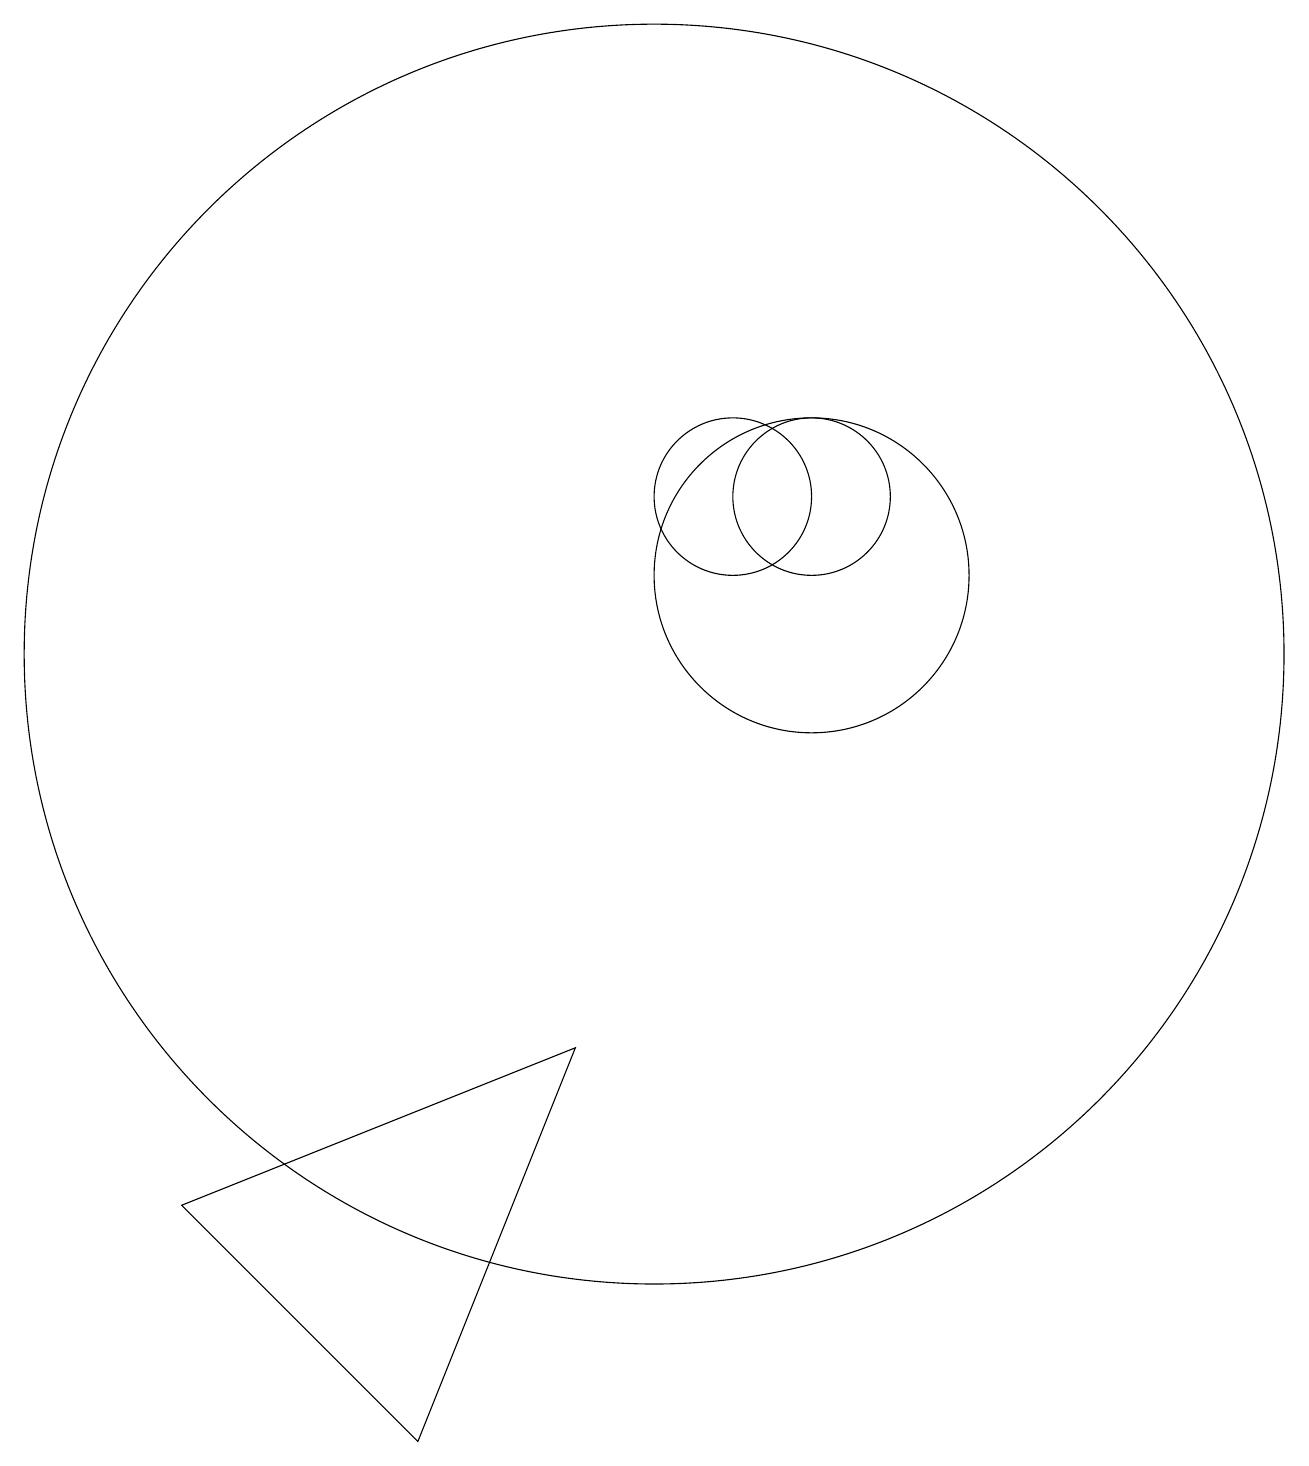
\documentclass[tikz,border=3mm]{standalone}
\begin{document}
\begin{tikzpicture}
\draw (10,10) circle (8);
\draw (12,12) circle (1);
\draw (12,11) circle (2);
\draw (11,12) circle (1);
\draw (4,3) -- (7,0) -- (9,5) -- cycle;
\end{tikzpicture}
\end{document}